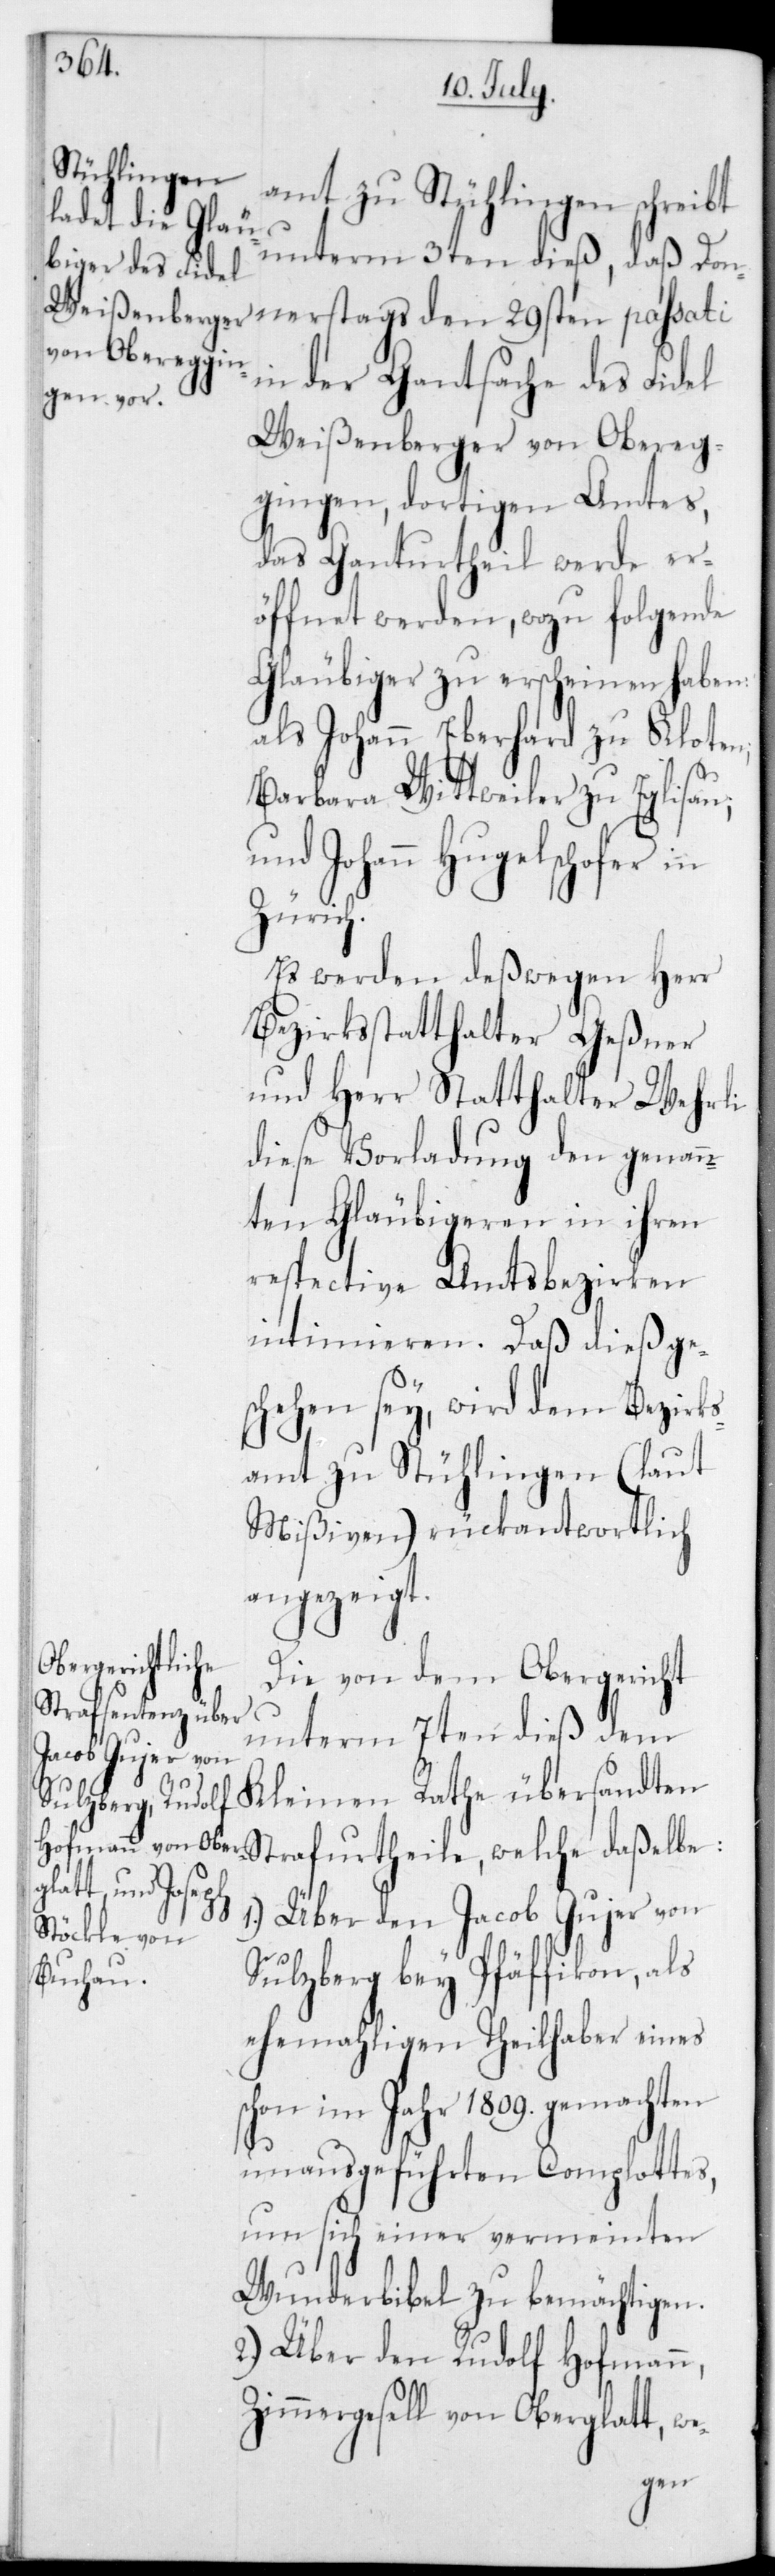
amt zu Stühlingen schreibt
unterm 3ten dieß, daß Don¬
he des Fidel
nerstags den 29sten passati
Weißenberger von Obereg¬
gingen, dortigen Amtes,
das Ganturtheil werde er¬
öffnet werden, wozu folgende
Gläubiger zu erscheinen haben:
als Johann Eberhard zu Kloten;
Barbara Wittweiler zu Eglisau;
und Johann Hugelschofer in
Zürich.
Es werden deßwegen Herr
Bezirksstatthalter Geßner
und Herr Statthalter Wehrli
diese Vorladung den genan¬
nten Gläubigeren in ihren
respective Amtsbezirken
intimieren. Daß dieß ge¬
schehen sey, wird dem Bezirks¬
amt zu Stühlingen (laut
Mißiven) rückantwortlich
angezeigt.
Die von dem Obergericht
unterm 7ten dieß dem
Kleinen Rathe übersandten
der Gantsac¬
1.) Über den Jacob Gujer von
Sulzberg bey Pfäffikon, als
ehemahligen Theilhaber eines
schon im Jahr 1809 gemachten
unausgeführten Complottes,
um sich einer vermeinten
Wunderbibel zu bemächtigen.
2.) Über den Rudolf Hofmann,
Zimmergesell von Oberglatt, we-